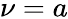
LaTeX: \nu=a